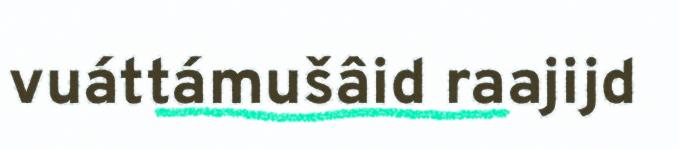
vuáttámušâid raajijd